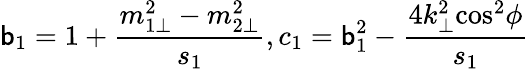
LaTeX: \mathsf{b}_{1}=1+\frac{{m_{1\bot}^{2}-m_{2\bot}^{2}}}{{s_{1}}},c_{1}=\mathsf{b}_{1}^{2}-\frac{{4{k}_{\bot}^{2}{\cos}^{2}\phi}}{{s_{1}}}